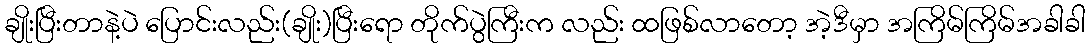
ချိုးပြီးတာနဲ့ပဲ ပြောင်းလည်း(ချိုး)ပြီးရော တိုက်ပွဲကြီးက လည်း ထဖြစ်လာတော့ အဲ့ဒီမှာ အကြိမ်ကြိမ်အခါခါ